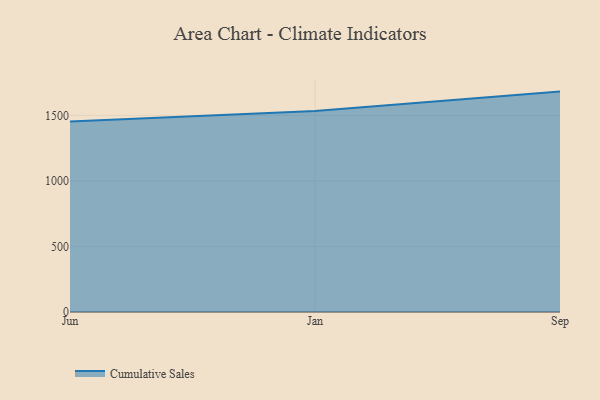
{"axis": {"x": "Month", "y": "Operating Costs (USD K)"}, "legend": ["Cumulative Sales"], "data": [{"x": "Jun", "y": 1454.1, "type": "Cumulative Sales"}, {"x": "Jan", "y": 1533.5, "type": "Cumulative Sales"}, {"x": "Sep", "y": 1681.7, "type": "Cumulative Sales"}]}